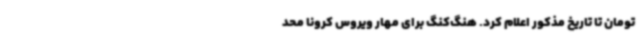
تومان تا تاریخ مذکور اعلام کرد. هنگ‌کنگ برای مهار ویروس کرونا محد